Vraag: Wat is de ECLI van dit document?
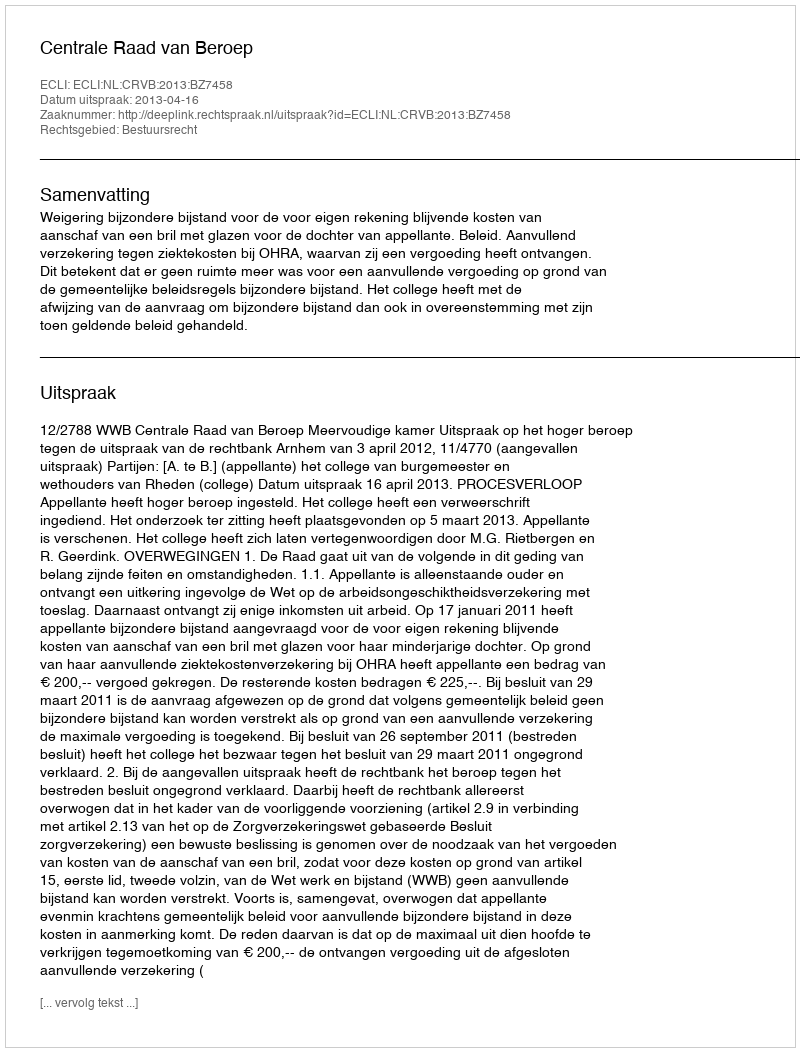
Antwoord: ECLI:NL:CRVB:2013:BZ7458